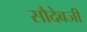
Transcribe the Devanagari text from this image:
सौदेबजी